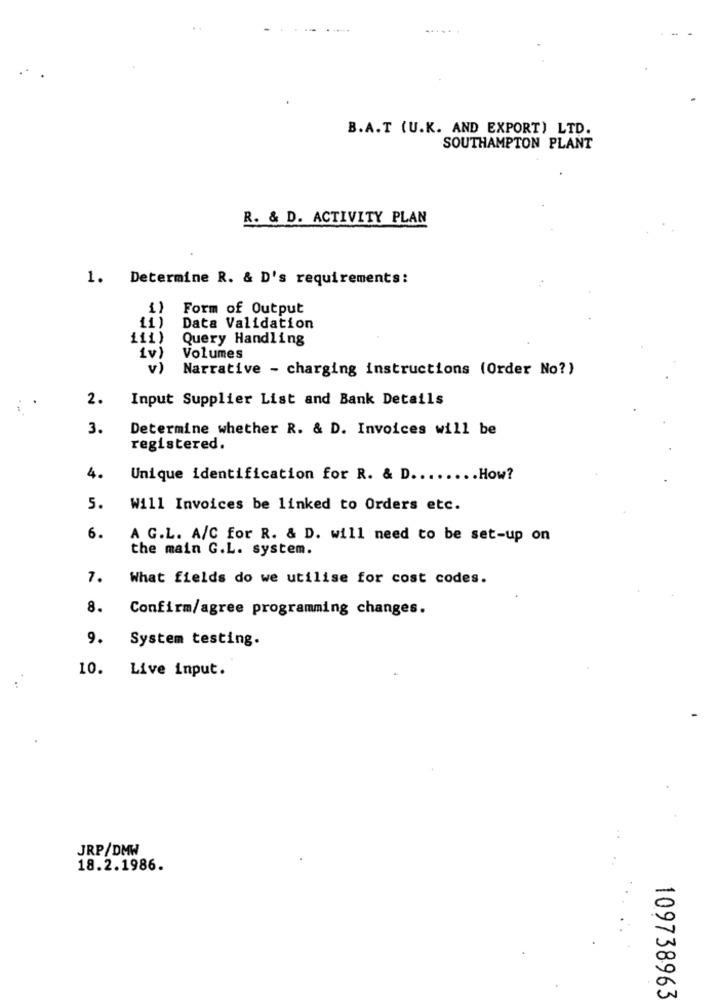
B.A.T (U.K. AND EXPORT) LTD.
SOUTHAMPTON PLANT
R. & D. ACTIVITY PLAN
1. Determine R. & D's requirements:
Form of Output
11)
Data Validation
111)
Query Handling
iv)
Volumes
v )
Narrative - charging instructions (Order No?)
2.
Input Supplier List and Bank Details
3.
Determine whether R. & D. Invoices will be
registered.
4.
Unique identification for R. & D ........ How?
5.
Will Invoices be linked to Orders etc.
6.
A G.L. A/C for R. & D. will need to be set-up on
the main G.L. system.
7.
What fields do we utilise for cost codes.
8.
Confirm/agree programming changes.
9.
System testing.
10.
Live input.
JRP/DMW
18.2.1986.
109738963